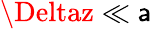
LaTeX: \Deltaz\ll\mathsf{a}